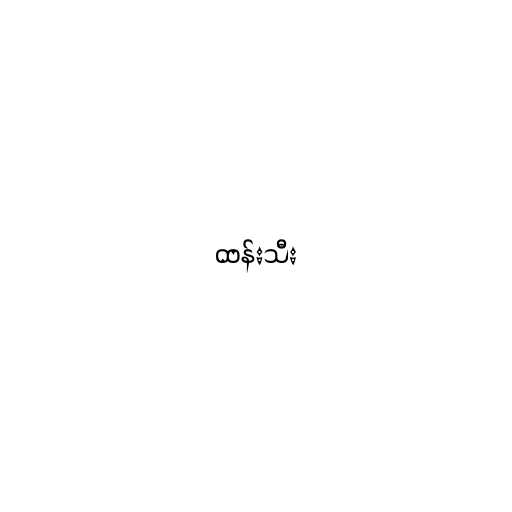
ထန်းသီး